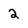
Character: 2